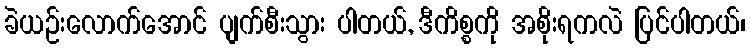
ခဲယဉ်းလောက်အောင် ပျက်စီးသွား ပါတယ်, ဒီကိစ္စကို အစိုးရကလဲ ပြင်ပါတယ်၊